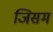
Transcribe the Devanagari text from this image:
जिसमं